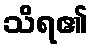
သိရ၏